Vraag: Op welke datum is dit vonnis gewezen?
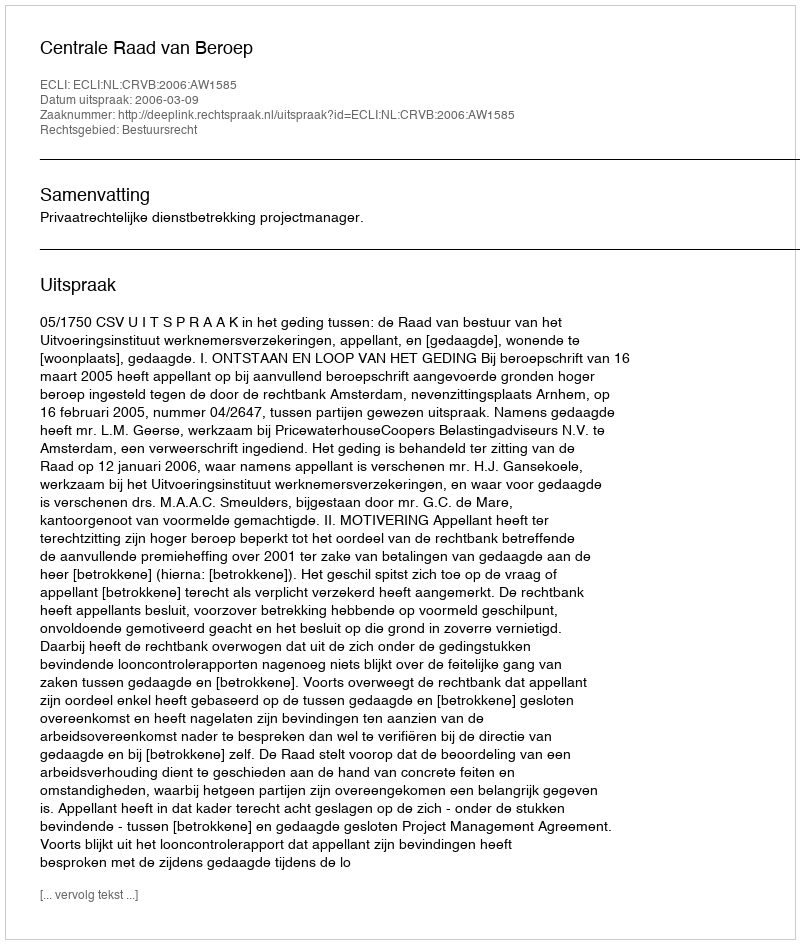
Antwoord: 2006-03-09